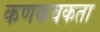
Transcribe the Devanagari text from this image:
कणकवकता